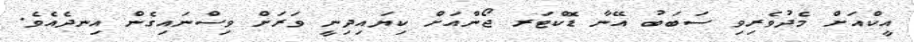
އީކްއަށް މެދުވެރިވި ސަބަބު އޭނާ ޑޮކްޓަރ ޖޯންއަށް ކިޔައިދިނީ ވަރަށް ވިސްނައިގެން އިނދެއެވެ.